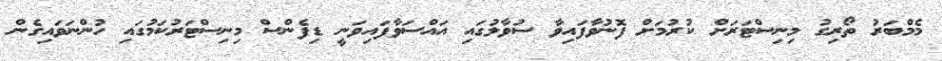
މެމްބަރު ތޯރިގު މިނިސްޓަރަށް ކުރުމަށް ފޮނުވާފައިވާ ސުވާލުގައި އައްސަވާފައިވަނީ ޑިފެންސް މިނިސްޓަރުކަމުގައި ހުންނަވައިގެން